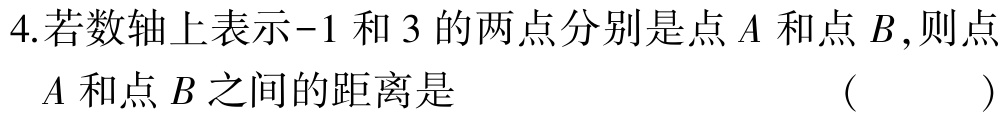
4.若数轴上表示-1和3的两点分别是点$A$和点$B$,则点
$A$和点$B$之间的距离是 （  ）